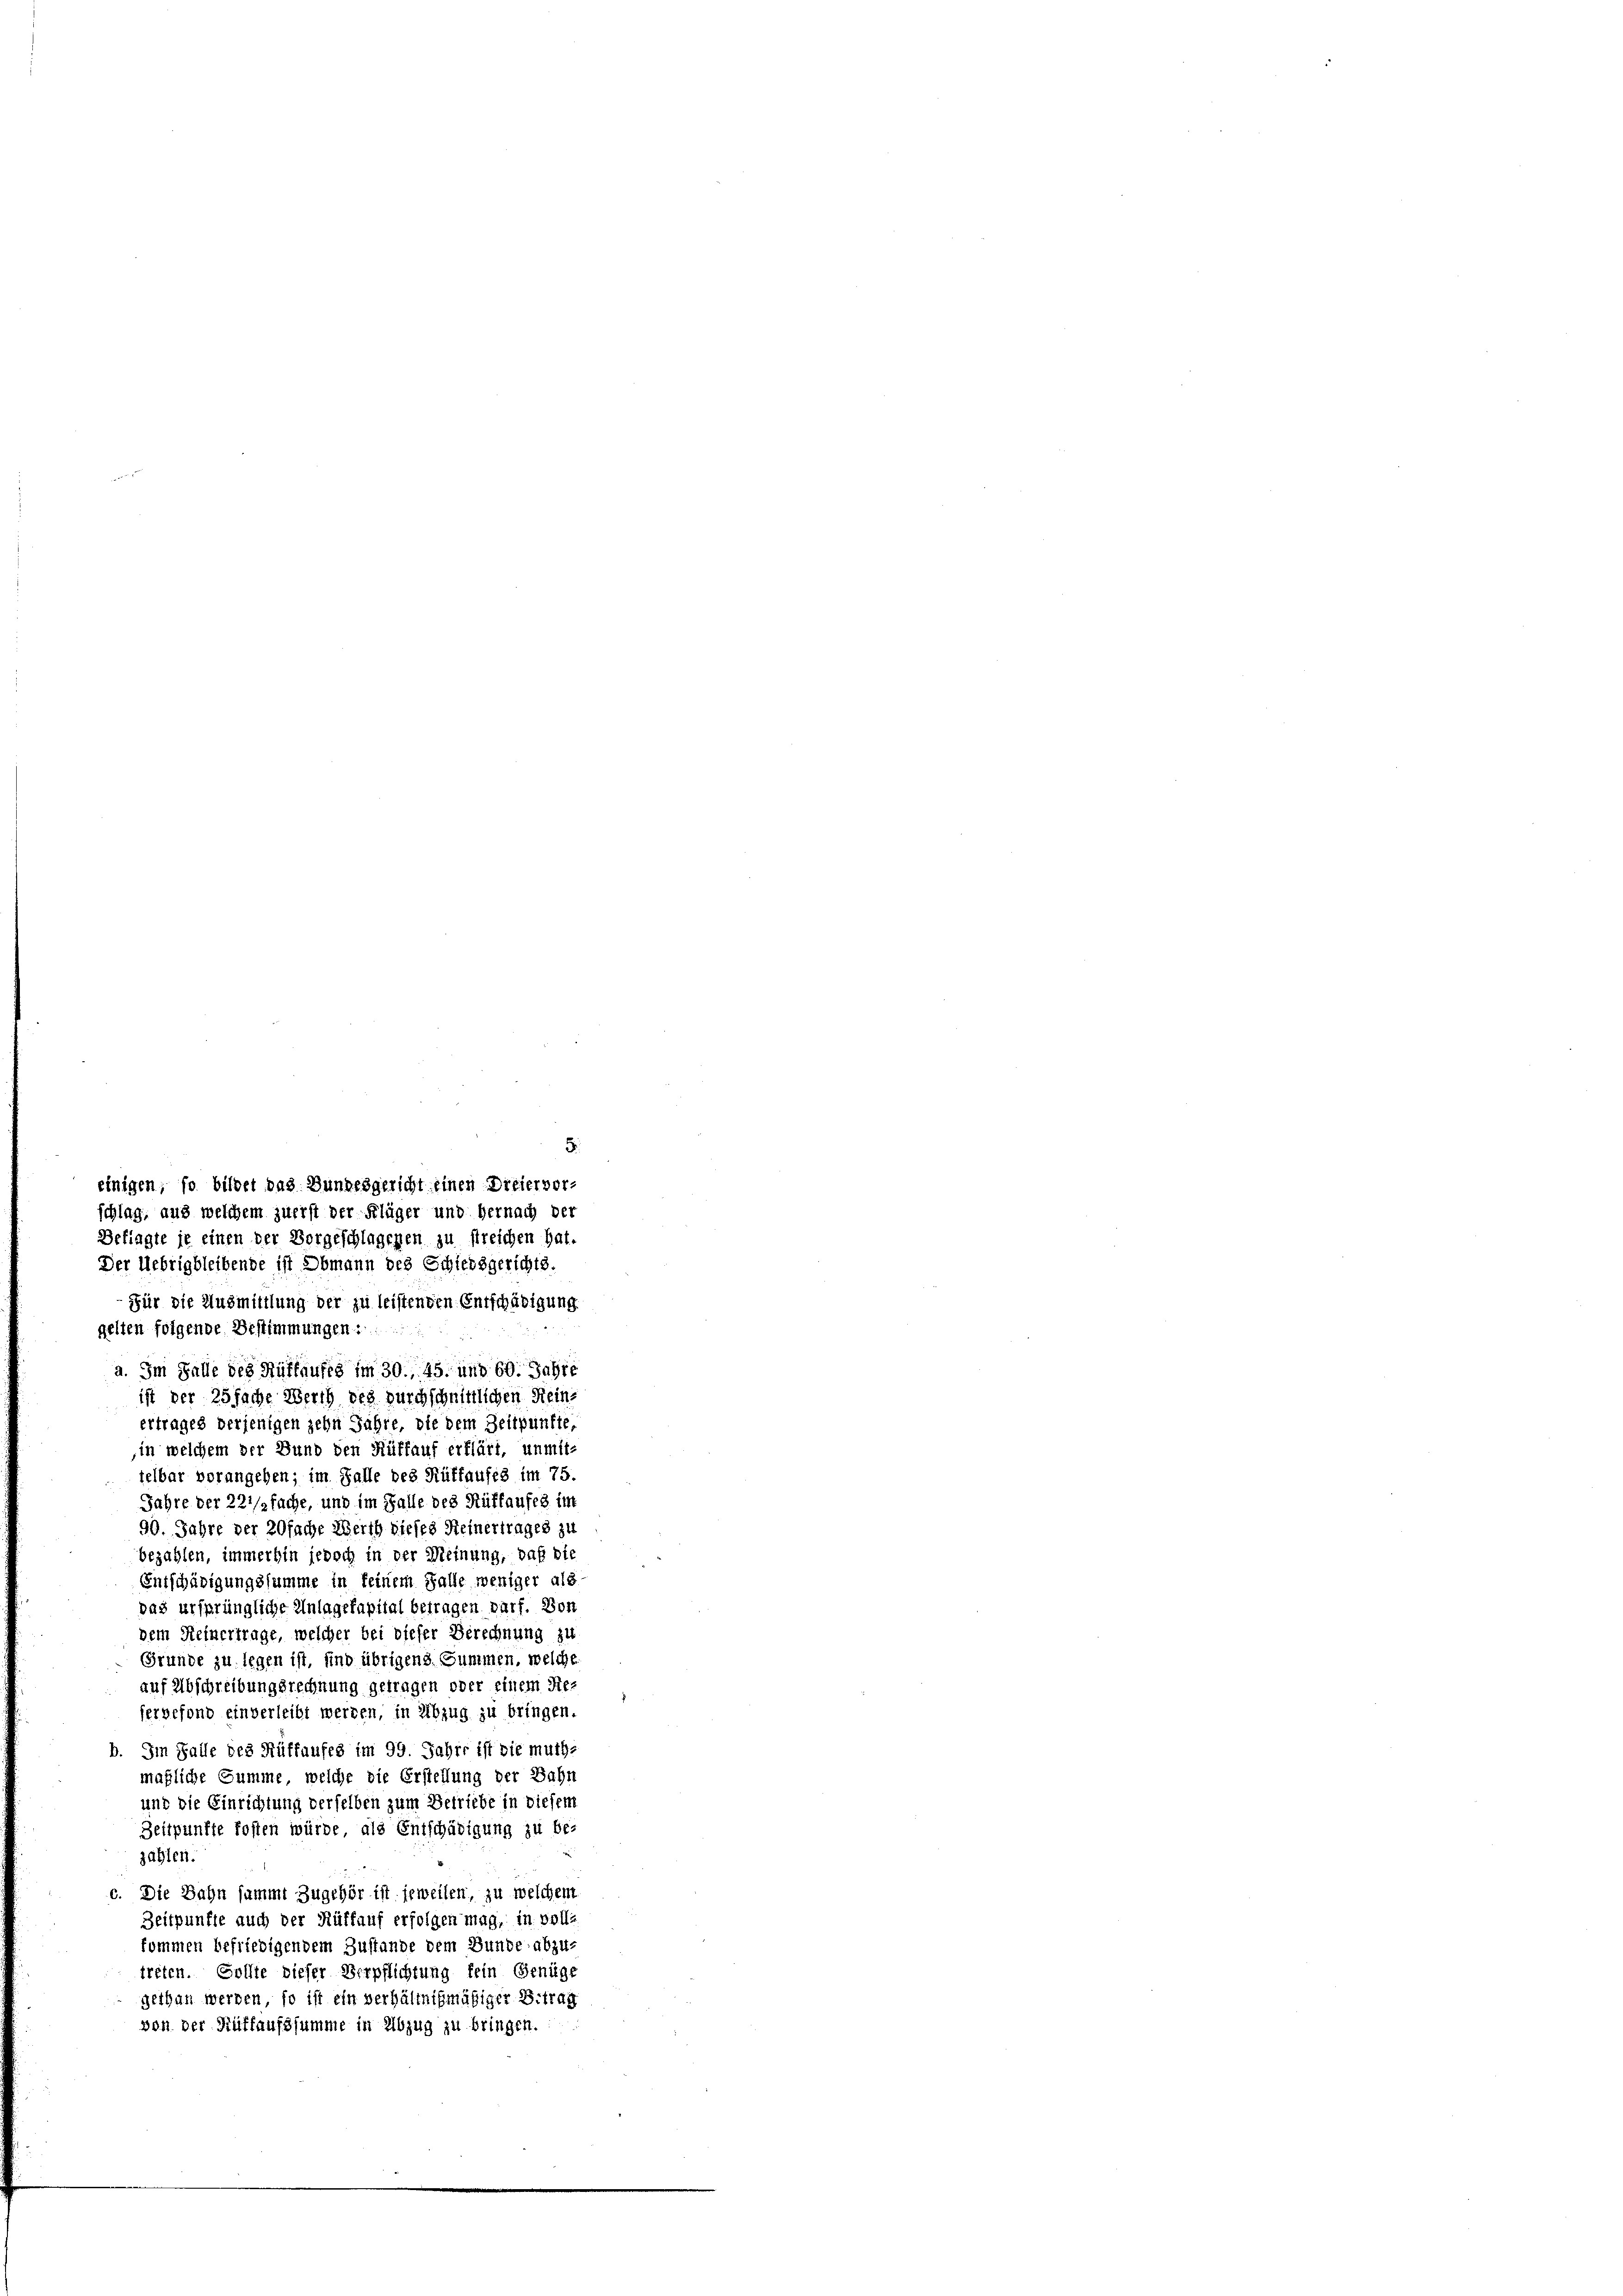
5.
einigen, so bildet das Bundesgericht einen Dreiervor-
schlag, aus welchem zuerst der Flüger und hernach der
Befragte je einen der Vorgeschlagenen zu streichen hat.
Der Uebrigbleibende ist Obmann des Schiedsgerichts.
Für die Ausmittlung der zu leistenden Entschädigung
gelten folgende Bestimmungen
a. Im Falle des Hüffaufes im 30. 45. und 60. Jahre
ist der 25 fache Werth des durchschnittlichen Reins
ertrages derjenigen zehn Jahre, die dem Zeitpunkte,
in welchem der Bund den Rüffauf erklärt, unmit-
felbar vorangehen; im Falle des Rütfaufes im 75.
Jahre der 221/3 fache, und im Falle des Rüffaufes im
90. Jahre der 20fache Werth dieses Reinertrages zu
bezahlen, immerhin jedoch in der Meinung, daß die
Entschädigungssumme in keinem Falle weniger als
das ursprüngliche Anlagekapital betragen darf. Von
dem Reinertrage, welcher bei dieser Berechnung zu
Grunde zu legen ist, und übrigens Summen, welche
auf Abschreibungsrechnung getragen oder einem Refergefond einverleibt werden, in Abzug zu bringen.
b. Im Falle des Rüffaufes im 99. Jahre ist die muthe
maßliche Summe, welche die Erstellung der Bahn
und die Einrichtung derselben zum Betriebe in diesem
Zeitpunkte fosten würde, als Entschädigung zu be-
zahlen.
c. Die Bahn sammt Zugehör ist jeweilen, zu welchem
Zeitpunkte auch der Rüffauf erfolgen mag, in volle
kommen befriedigendem Zustande dem Bunde abzu-
treten. Sollte dieser Verpflichtung fein Genüge
gethan werden, so ist ein verhältnismäßiger Beitrag
von der Ruffaufssumme in Abzug zu bringen.